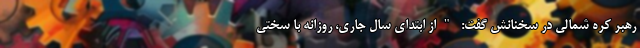
رهبر کره شمالی در سخنانش گفت: "از ابتدای سال جاری، روزانه با سختی